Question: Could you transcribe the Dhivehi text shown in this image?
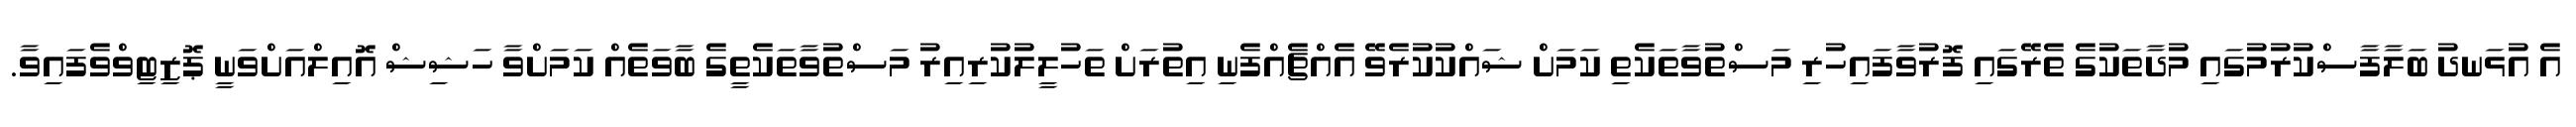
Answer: އެ އުޅަނދު ބަލާފާސްކުރުމުގައި މުދާތަކުގެ ތެރޭގައި ފޮރުވާފައިހުރި މަސްތުވާތަކެތި ކަމަށް ޝައްކުކުރެވޭ އެއްޗެއްފެނި އިތުރަށް ތަހުލީލުކުރިއިރު މަސްތުވާތަކެތީގެ ބާވަތެއް ކަމަށްވާ ހަޝިޝް އޮއިލްއަށްވަނީ ޕޮޒިޓިވްވެފައިވާ.